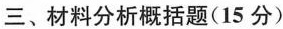
三、材料分析概括题(15分)